Document type: Sale
Year: 1435
Scribe: Pere Soler
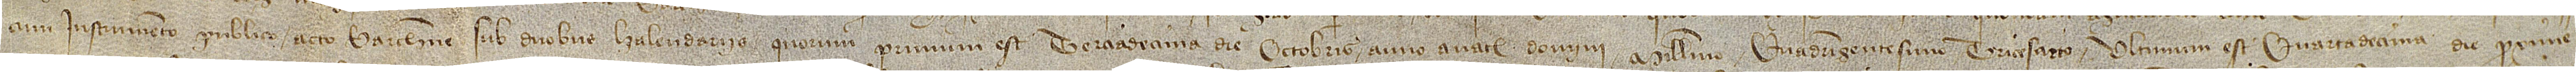
cum instrumento publico acto Barchinone sub duobus kalendariis, quorum primum est terciadecima die octobris, anno a Nativitate Domini millesimo quadringentesimo tricesarto, ultimum est quartadecima die proxime